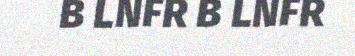
B LNFR B LNFR